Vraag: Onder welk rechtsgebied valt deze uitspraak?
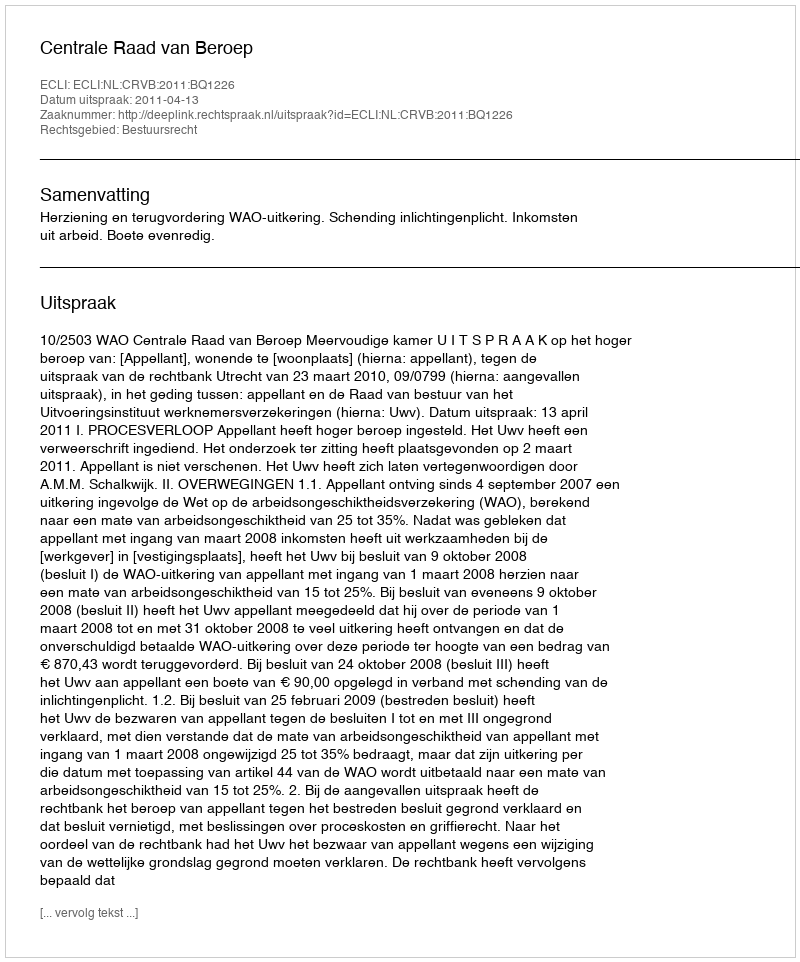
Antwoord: Bestuursrecht